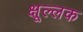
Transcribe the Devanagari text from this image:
क्षूल्लक